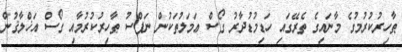
ޠާހިރުކުރުމުގެ މާނައިގެ ތެރޭގައި ހަޑިމުޑުދާރު ގޯސް ޢަމަލުތަކުން ނަފްސު ޠާހިރުކުރުމާއި ގޯސް އަޚްލާޤުން